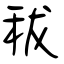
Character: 秡